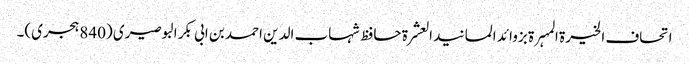
اتحاف الخیرۃ المہرۃ بزوائد المسانید العشرۃ حافظ شہاب الدین احمد بن ابی بکر البوصیری (840 ہجری)۔